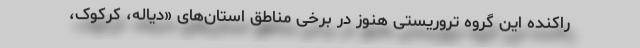
راکنده این گروه تروریستی هنوز در برخی مناطق استان‌های «دیاله، کرکوک،